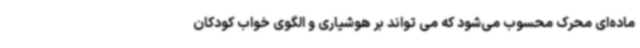
ماده‌ای محرک محسوب می‌شود که می تواند بر هوشیاری و الگوی خواب کودکان